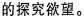
的探究欲望。